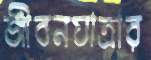
জীবনযাত্রার